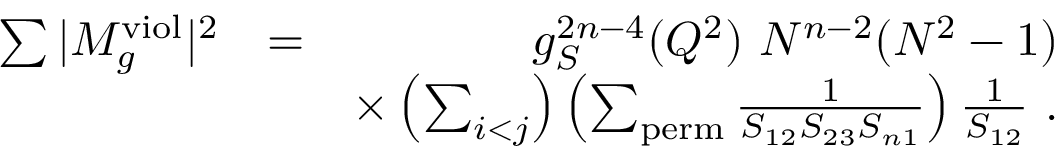
\begin{array} { r l r } { \sum \vert M _ { g } ^ { \mathrm { v i o l } } \vert ^ { 2 } } & { = } & { g _ { S } ^ { 2 n - 4 } ( Q ^ { 2 } ) ~ N ^ { n - 2 } ( N ^ { 2 } - 1 ) } \\ & { } & { \times \left( \sum _ { i < j } \right) \left( \sum _ { \mathrm { p e r m } } \frac { 1 } { S _ { 1 2 } S _ { 2 3 } S _ { n 1 } } \right) \frac { 1 } { S _ { 1 2 } } ~ . } \end{array}